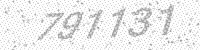
Solution: 791131